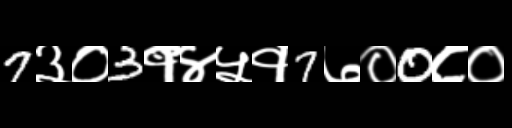
Text: 7३०3१४५१7७०0८०